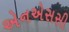
એનએસસી